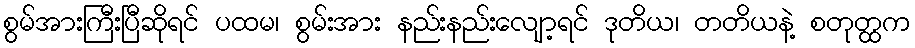
စွမ်အားကြီးပြီဆိုရင် ပထမ၊ စွမ်းအား နည်းနည်းလျော့ရင် ဒုတိယ၊ တတိယနဲ့ စတုတ္ထက